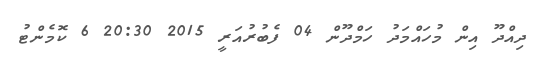
ދިއްދޫ އިން މުހައްމަދު ހަމްދޫން 04 ފެބުރުއަރީ 2015 20:30 6 ކޮމެންޓު